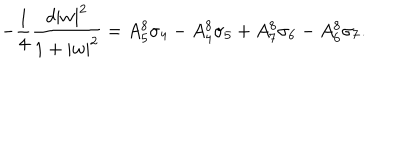
LaTeX: - { \frac { 1 } { 4 } } { \frac { d | w | ^ { 2 } } { 1 + | w | ^ { 2 } } } = A _ { 5 } ^ { 8 } \sigma _ { 4 } - A _ { 4 } ^ { 8 } \sigma _ { 5 } + A _ { 7 } ^ { 8 } \sigma _ { 6 } - A _ { 6 } ^ { 8 } \sigma _ { 7 } .